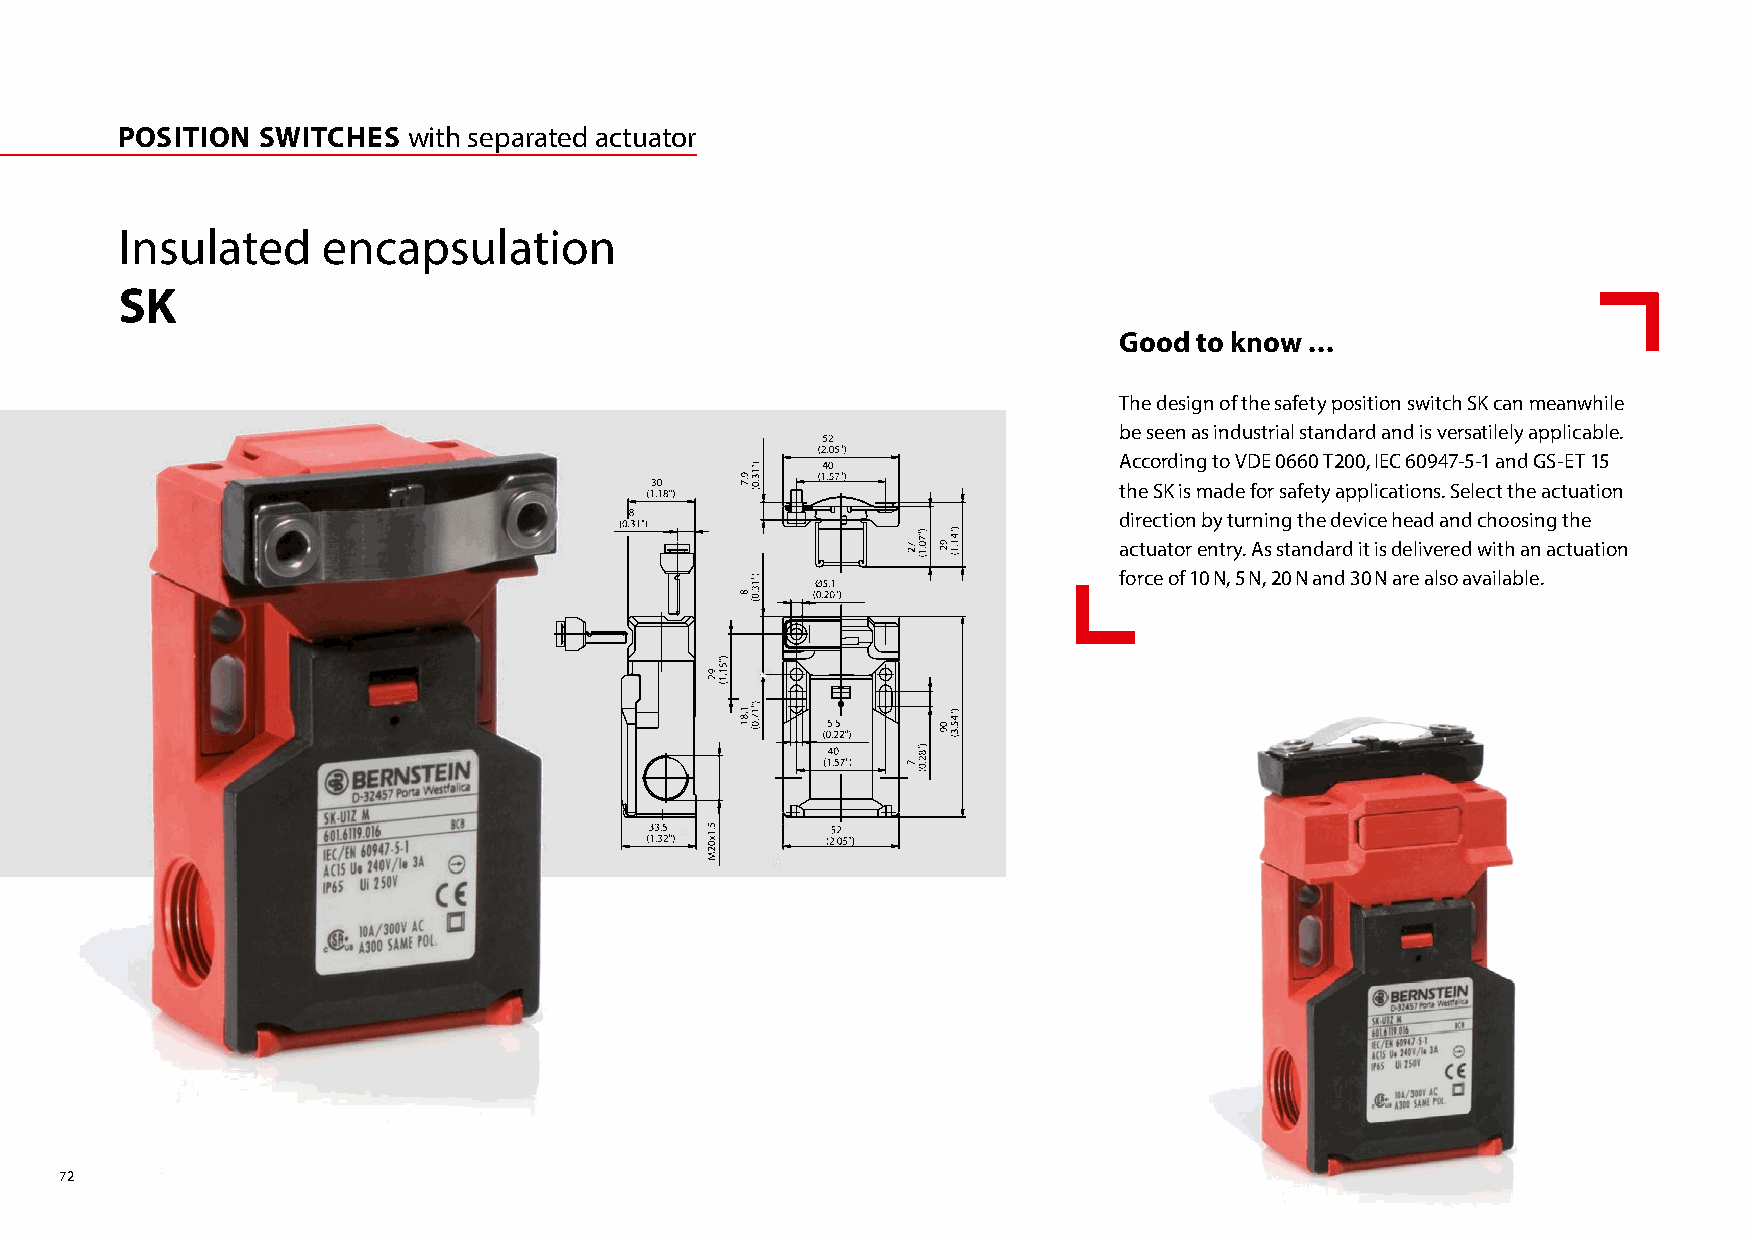
POSITION SWITCHES  with separated actuator
 Insulated    encapsulation
 SK
 Good to know ...
 The design of the safety position switch SK can meanwhile
 be seen as industrial standard and is versatilely applicable.
 According to VDE 0660 T200, IEC 60947-5-1 and GS-ET 15
 the SK is made for safety applications. Select the actuation
 direction by turning the device head and choosing the
 actuator entry. As standard it is delivered with an actuation
 force of 10 N, 5 N, 20 N and 30 N are also available.
 72